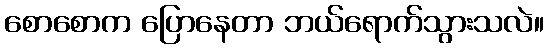
စောစောက ပြောနေတာ ဘယ်ရောက်သွားသလဲ။